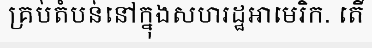
គ្រប់តំបន់នៅក្នុងសហរដ្ឋអាមេរិក. តើ